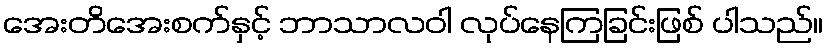
အေးတိအေးစက်နှင့် ဘာသာလဝါ လုပ်နေကြခြင်းဖြစ် ပါသည်။